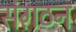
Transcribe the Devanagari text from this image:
संग़ठन